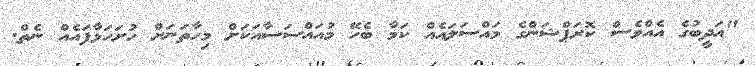
"އަދީބުގެ އެއްވެސް ކޮރަޕްޝަންގެ މައްސަލައެއް ކަމާ ބެހޭ މުއައްސަސާއަކަށް މިހާތަނަށް ހުށަހަޅާފައެއް ނެތް.